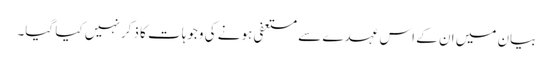
بیان میں ان کے اس عہدے سے مستعفی ہونے کی وجوہات کا ذکر نہیں کیا گیا۔